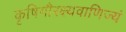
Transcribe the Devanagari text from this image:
कृषिगौरक्ष्यवाणिज्यं